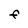
Character: F